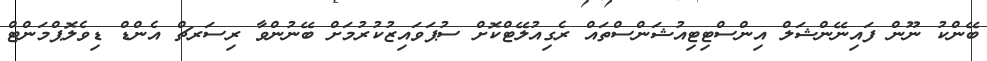
ބޭންކު ނޫން ފައިނޭންޝަލް އިންސްޓިޓިއުޝަންސްތައް ރެގިއުލޭޓްކޮށް ސުޕަވައިޒުކުރުމަށް ބޭނުންވާ ރިސަރޗް އެންޑް ޑިވެލޮޕްމަންޓް